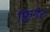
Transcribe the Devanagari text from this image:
फ़्रिगेट